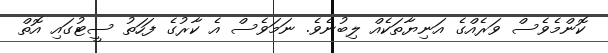
ކޮންމެވެސް ވަރެއްގެ އަނިޔާތަކެއް ލިބުނެވެ. ނަމަވެސް އެ ކާރުގެ ފަހަތު ސީޓުގައި އޮތް